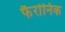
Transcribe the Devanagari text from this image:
फैरोनिक